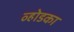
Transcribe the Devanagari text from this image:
व्होडका